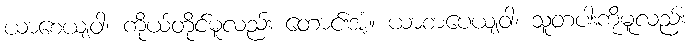
ယာစေယျဝါ၊ ကိုယ်တိုင်မူလည်း တောင်းအံ့။ ယာစာပေယျဝါ၊ သူတပါးကိုမူလည်း